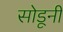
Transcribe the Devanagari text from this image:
सोडूनी